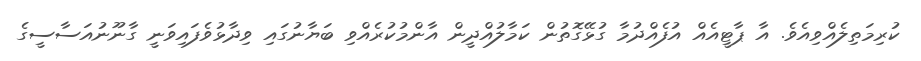
ކުރިމަތިލެއްވިއެވެ. އާ ޕާޓީއެއް އުފެއްދުމާ ގުޅޭގޮތުން ކަމާލުއްދީން އާންމުކުރެއްވި ބަޔާނުގައި ވިދާޅުވެފައިވަނީ ގާނޫނުއަސާސީގެ